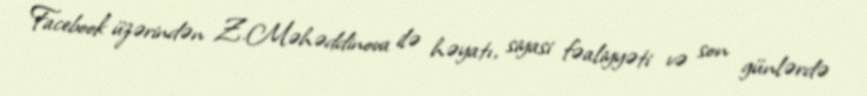
Facebook üzərindən Z.Məhəddinova ilə həyatı, siyasi fəaliyyəti və son günlərdə